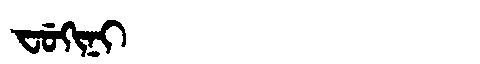
Manchu: ᠸᡠᡴᡳᠨᡳ
Romanization: FUKINI